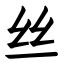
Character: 丝